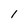
Character: I